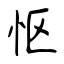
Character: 怄